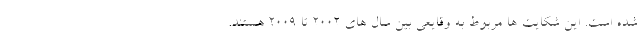
شده است. این شکایت ها مربوط به وقایعی بین سال های 2002 تا 2009 هستند.